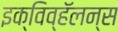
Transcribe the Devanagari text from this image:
इक्विव्हॅलन्स